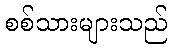
စစ်သားများသည်